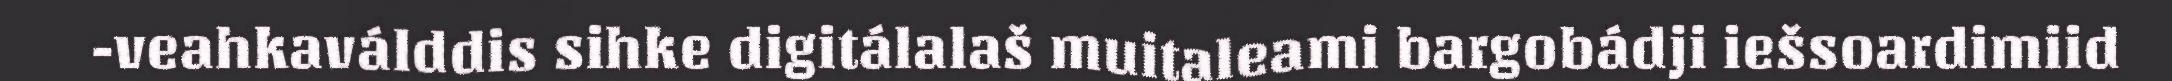
-veahkaválddis sihke digitálalaš muitaleami bargobádji iešsoardimiid